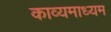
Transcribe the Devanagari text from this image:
काव्यमाध्यम